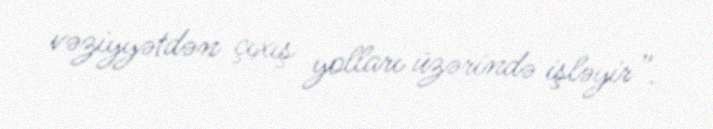
vəziyyətdən çıxış yolları üzərində işləyir”.